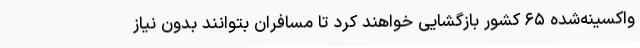
واکسینه‌شده ۶۵ کشور بازگشایی خواهند کرد تا مسافران بتوانند بدون نیاز